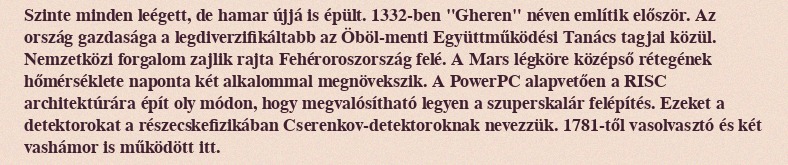
Szinte minden leégett, de hamar újjá is épült. 1332-ben "Gheren" néven említik először. Az ország gazdasága a legdiverzifikáltabb az Öböl-menti Együttműködési Tanács tagjai közül. Nemzetközi forgalom zajlik rajta Fehéroroszország felé. A Mars légköre középső rétegének hőmérséklete naponta két alkalommal megnövekszik. A PowerPC alapvetően a RISC architektúrára épít oly módon, hogy megvalósítható legyen a szuperskalár felépítés. Ezeket a detektorokat a részecskefizikában Cserenkov-detektoroknak nevezzük. 1781-től vasolvasztó és két vashámor is működött itt.